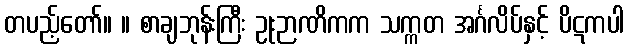
တပည့်တော်။ ။ စာချဘုန်းကြီး ဥုးဉာဏိကက သက္ကတ အင်္ဂလိပ်နှင့် ပိဋကပါ